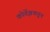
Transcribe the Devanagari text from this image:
कोर्तेझकडून